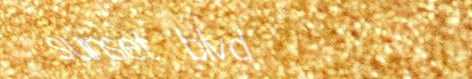
sunset blvd